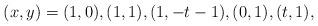
LaTeX: \begin{align*} (x,y)=(1,0), (1,1), (1,-t-1), (0,1), (t,1),\end{align*}